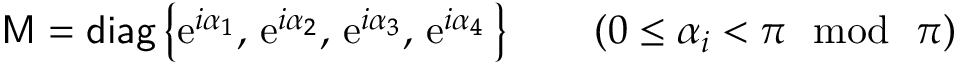
{ \sf M } = { \sf d i a g } \left\{ \mathrm { e } ^ { i \alpha _ { 1 } } , \, \mathrm { e } ^ { i \alpha _ { 2 } } , \, \mathrm { e } ^ { i \alpha _ { 3 } } , \, \mathrm { e } ^ { i \alpha _ { 4 } } \, \right\} \qquad ( 0 \leq \alpha _ { i } < \pi \mathrm { ~ ~ m o d ~ ~ } \pi )